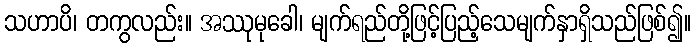
သဟာပိ၊ တကွလည်း။ အဿုမုခေါ၊ မျက်ရည်တို့ဖြင့်ပြည့်သေမျက်နှာရှိသည်ဖြစ်၍။